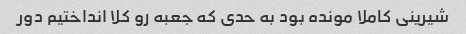
شیرینی کاملا مونده بود به حدی که جعبه رو کلا انداختیم دور